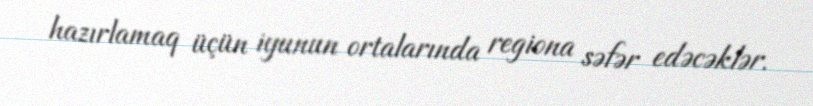
hazırlamaq üçün iyunun ortalarında regiona səfər edəcəklər.